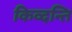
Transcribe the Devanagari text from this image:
किव्दन्ति